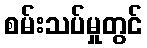
စမ်းသပ်မှုတွင်